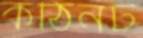
কঠিনট